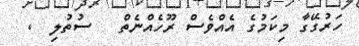
ހަރުގޭގާ މިކަމުގެ އެއްވެސް ރޫހެއްނެތް   ސުތުލި